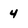
Character: 4